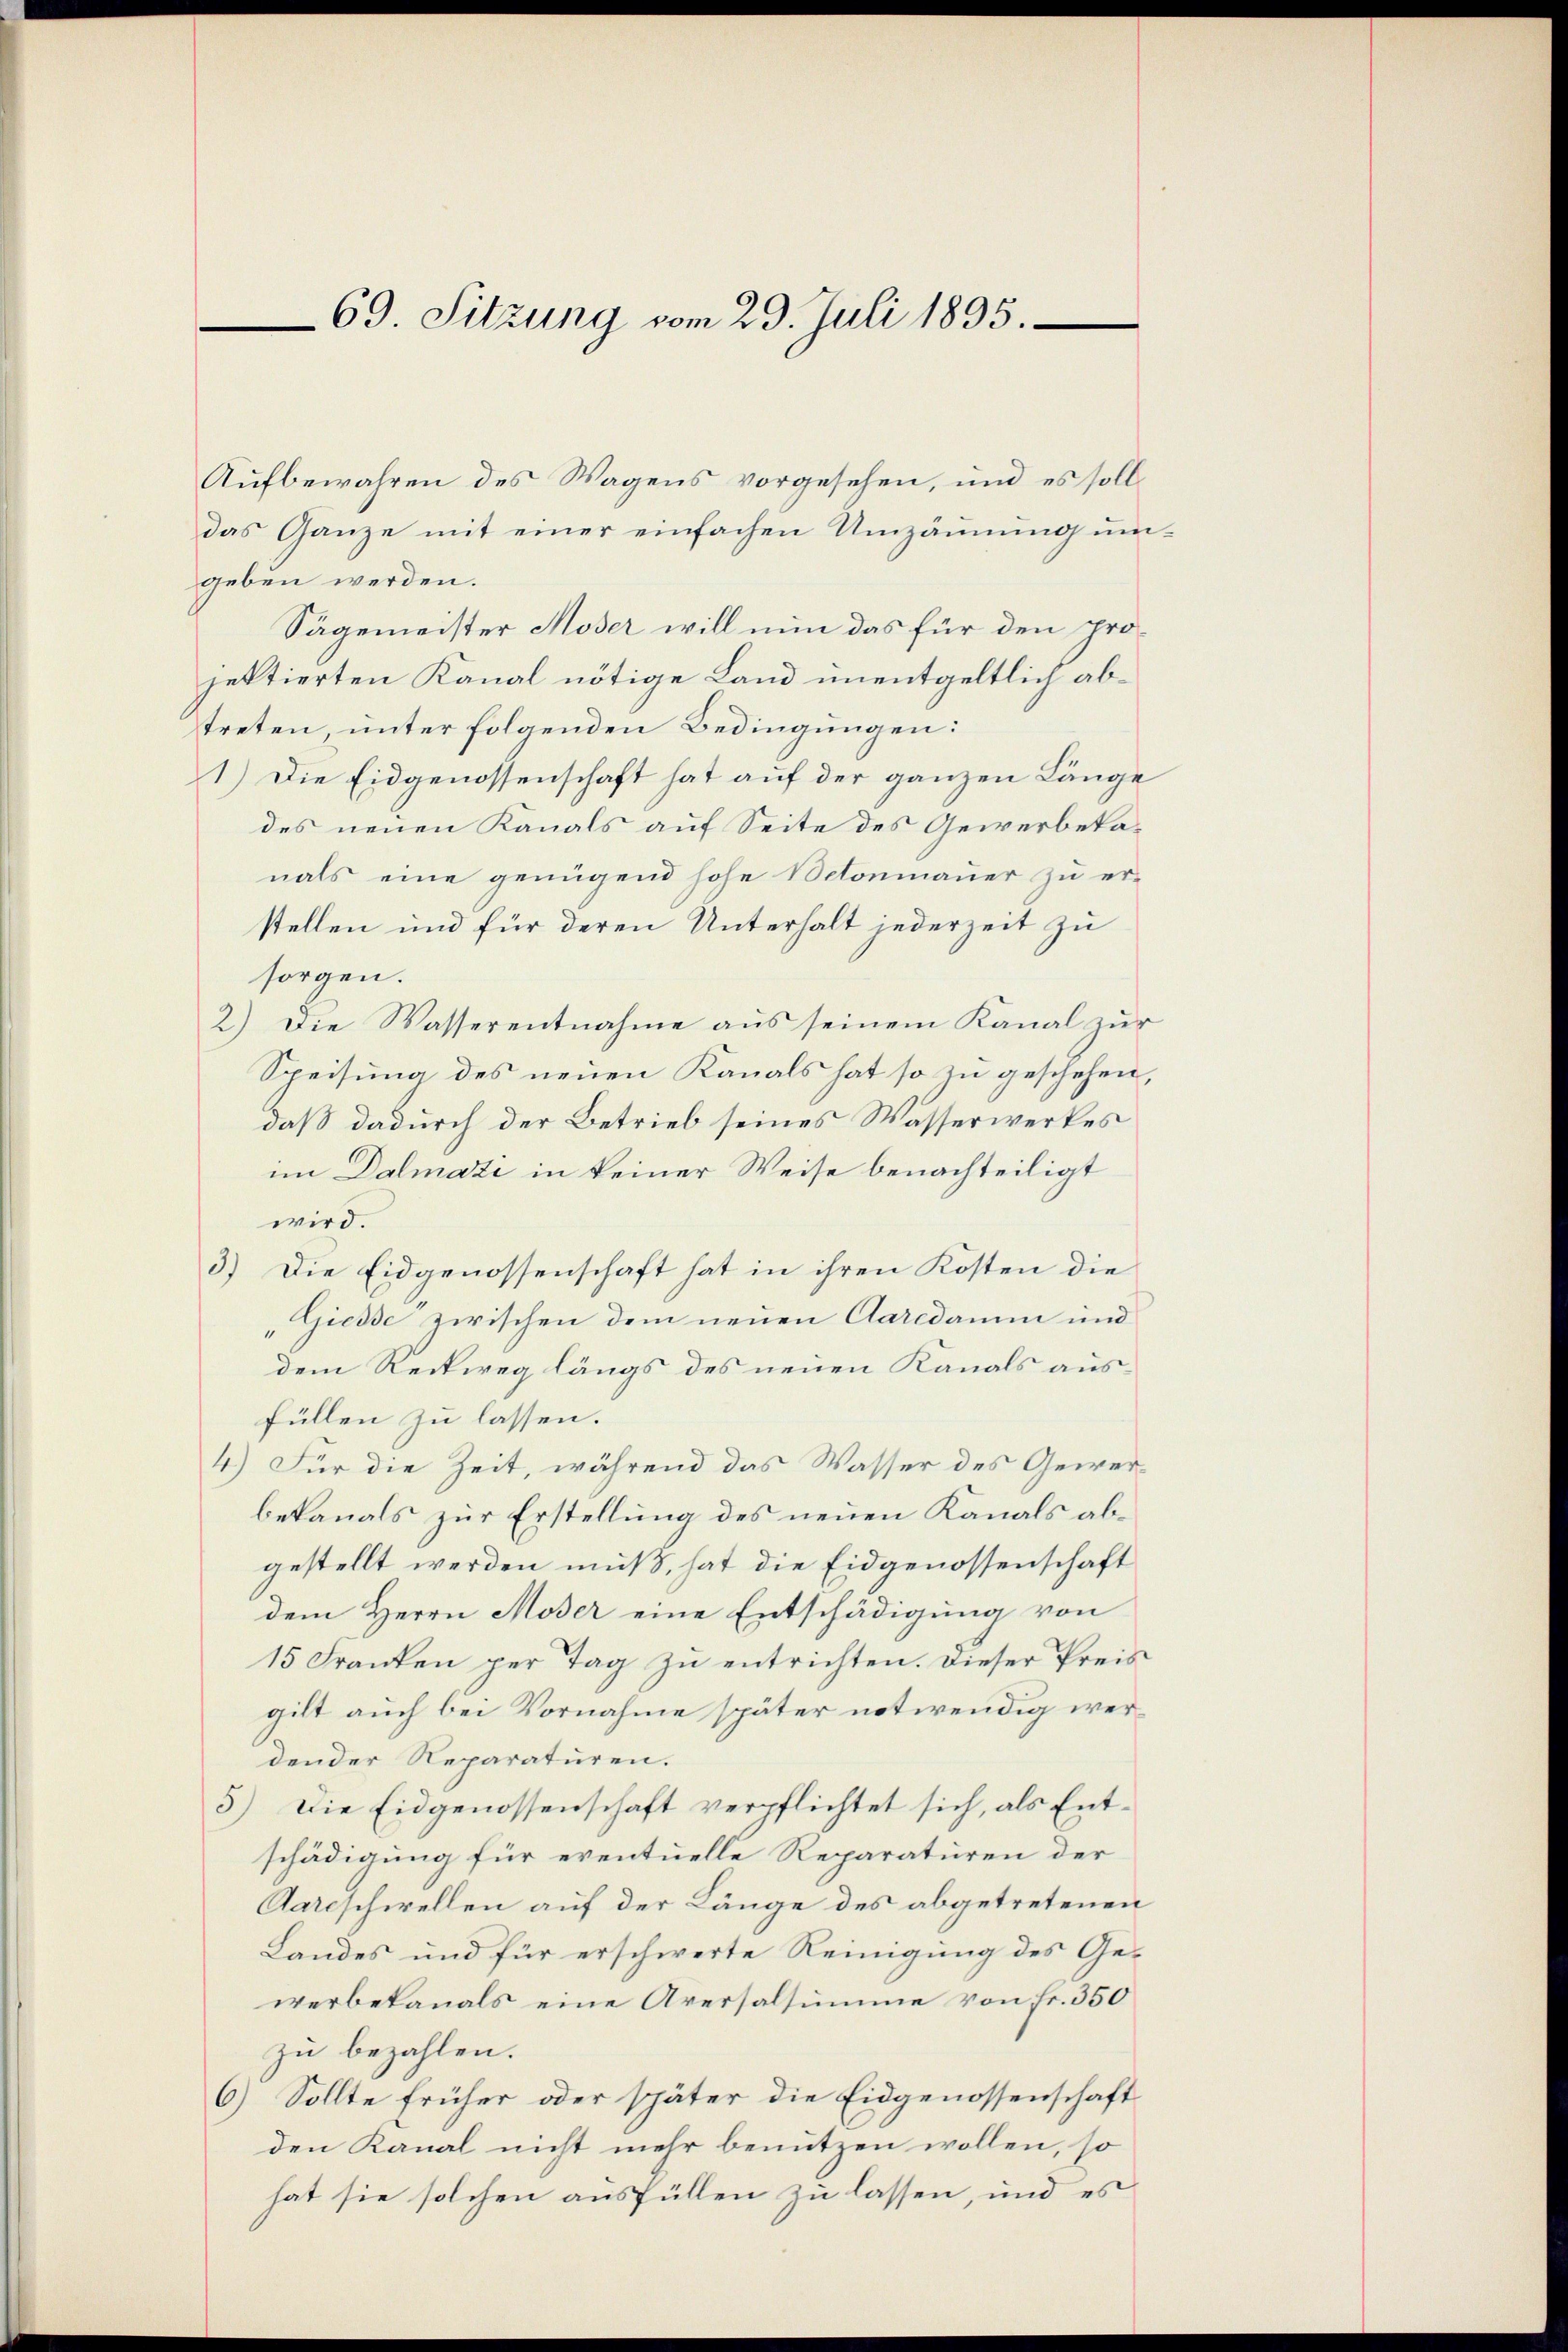
69. Sitzung vom 29. Juli 1895.

Aufbewahren des Wagens vorgesehen, und es soll
das Ganze mit einer einfachen Umzäunung umgeben werden.
Sägemeister Moser will nun das für den projektierten Kanal nötige Land unentgeltlich abtreten, unter folgenden Bedingungen:
1.) Die Eidgenossenschaft hat auf der ganzen Länge
des neuen Kanals auf Seite des Gewerbetanals eine genügend hohe Betonmauer zu er-
stellen und für deren Unterhalt jederzeit zu
sorgen.
2.) Die Wasserentnahme aus seinem Kanal zur
Speisung des neuen Kanals hat so zu geschehen,
daß dadurch der Betrieb seines Wasserwerkes
im Dalmazi in keiner Weise benachteiligt
wird.
3.) Die Eidgenossenschaft hat in ihren Kosten die
"Giesse zwischen dem neuen Aaredamm und
dem Reckweg längs des neuen Kanals ausfüllen zu lassen.
4.) Für die Zeit, während das Wasser des Gewerbekanals zur Erstellung des neuen Kanals abgestellt werden muß, hat die Eidgenossenschaft
dem Herrn Moser eine Entschädigung von
15 Franken per Tag zu entrichten. Dieser Preis
gilt auch bei Vornahme später notwendig werdender Reparaturen.
5) Die Eidgenossenschaft verpflichtet sich, als Entschädigung für eventuelle Reparaturen der
Aareschwellen auf der Länge des abgetretenen
Landes und für erschwerte Reinigung des Gewerbekanals eine Aversalsumme von Fr. 350
zu bezahlen.
6) Sollte früher oder später die Eidgenossenschaft
den Kanal nicht mehr benutzen wollen, so
hat sie solchen ausfüllen zu lassen, und es